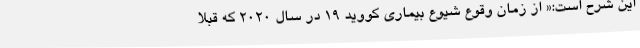
این شرح است:« از زمان وقوع شیوع بیماری کووید 19 در سال 2020 که قبلاً